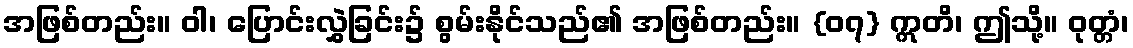
အဖြစ်တည်း။ ဝါ၊ ပြောင်းလွှဲခြင်း၌ စွမ်းနိုင်သည်၏ အဖြစ်တည်း။ {၀၇} ဣတိ၊ ဤသို့။ ဝုတ္တံ၊